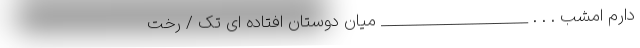
دارم امشب . . . _____________________ میان دوستان افتاده ای تک / رخت